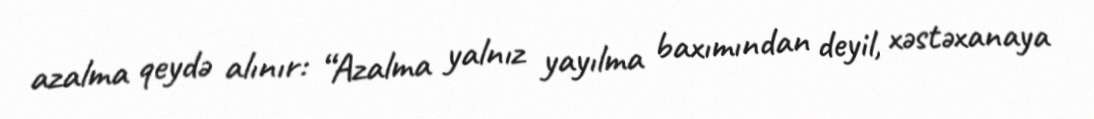
azalma qeydə alınır: “Azalma yalnız yayılma baxımından deyil, xəstəxanaya